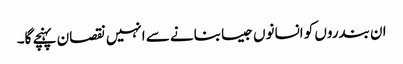
ان بندروں کو انسانوں جیسا بنانے سے انہیں نقصان پہنچے گا۔